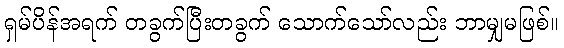
ရှမ်ပိန်အရက် တခွက်ပြီးတခွက် သောက်သော်လည်း ဘာမျှမဖြစ်။